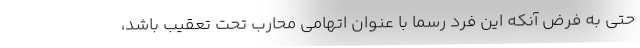
حتی به فرض آنکه این فرد رسما با عنوان اتهامی محارب تحت تعقیب باشد،